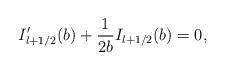
LaTeX: \begin{align*}I_{l+1/2}'(b)+{1\over 2b}I_{l+1/2}(b)=0,\end{align*}